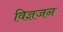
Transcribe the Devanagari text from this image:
विज्ञजन